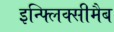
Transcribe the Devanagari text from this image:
इन्फ्लिक्सीमैब